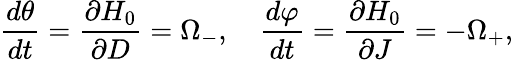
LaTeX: \frac{d\theta}{dt}=\frac{\partial H_{0}}{\partial D}=\Omega_{-},\quad\frac{d\varphi}{dt}=\frac{\partial H_{0}}{\partial J}=-\Omega_{+},